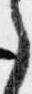
之